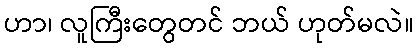
ဟာ၊ လူကြီးတွေတင် ဘယ် ဟုတ်မလဲ။